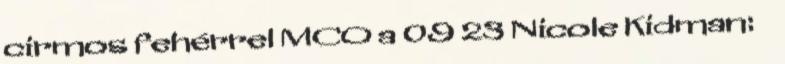
cirmos fehérrel MCO a 09 23 Nicole Kidman: ♀